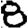
Digit: 8